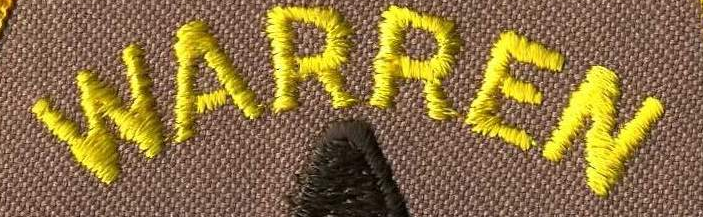
WARREN